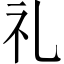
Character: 礼